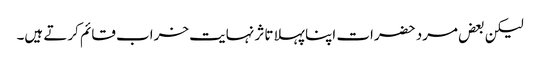
لیکن بعض مرد حضرات اپنا پہلا تاثر نہایت خراب قائم کرتے ہیں۔